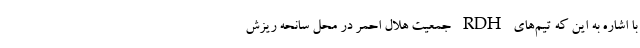
با اشاره به این که تیم‌های RDH جمعیت هلال احمر در محل سانحه ریزش